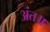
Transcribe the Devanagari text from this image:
अंत॥